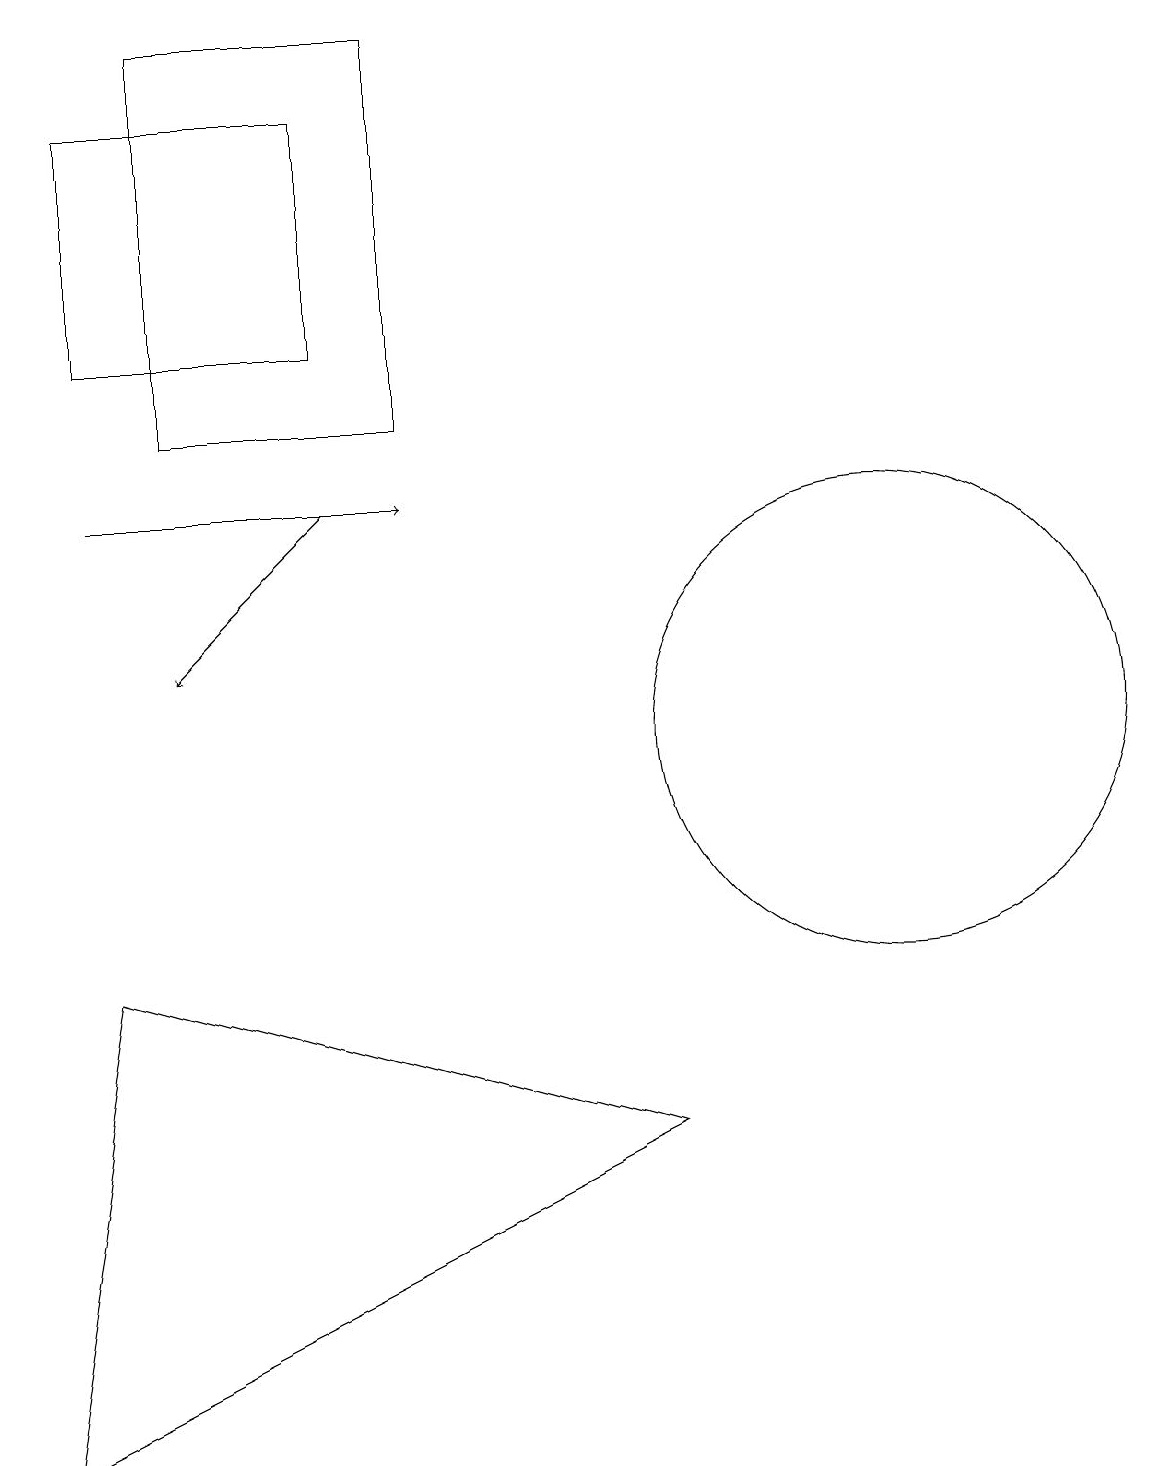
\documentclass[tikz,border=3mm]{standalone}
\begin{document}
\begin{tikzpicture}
\draw (3,14) rectangle (6,19);
\draw[->] (2,13) -- (6,13);
\draw[->] (5,13) -- (3,11);
\draw (5,15) rectangle (2,18);
\draw (12,10) circle (3);
\draw (1,1) -- (9,5) -- (2,7) -- cycle;
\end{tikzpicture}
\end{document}